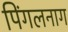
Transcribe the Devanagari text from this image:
पिंगलनाग